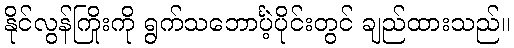
နိုင်လွန်ကြိုးကို ရွက်သဘောင်္ပဲ့ပိုင်းတွင် ချည်ထားသည်။